Bréfritari: Þórarinn Stefánsson
Dagsetning: A-1931-10-27
Skrifað á: Vesturheimi

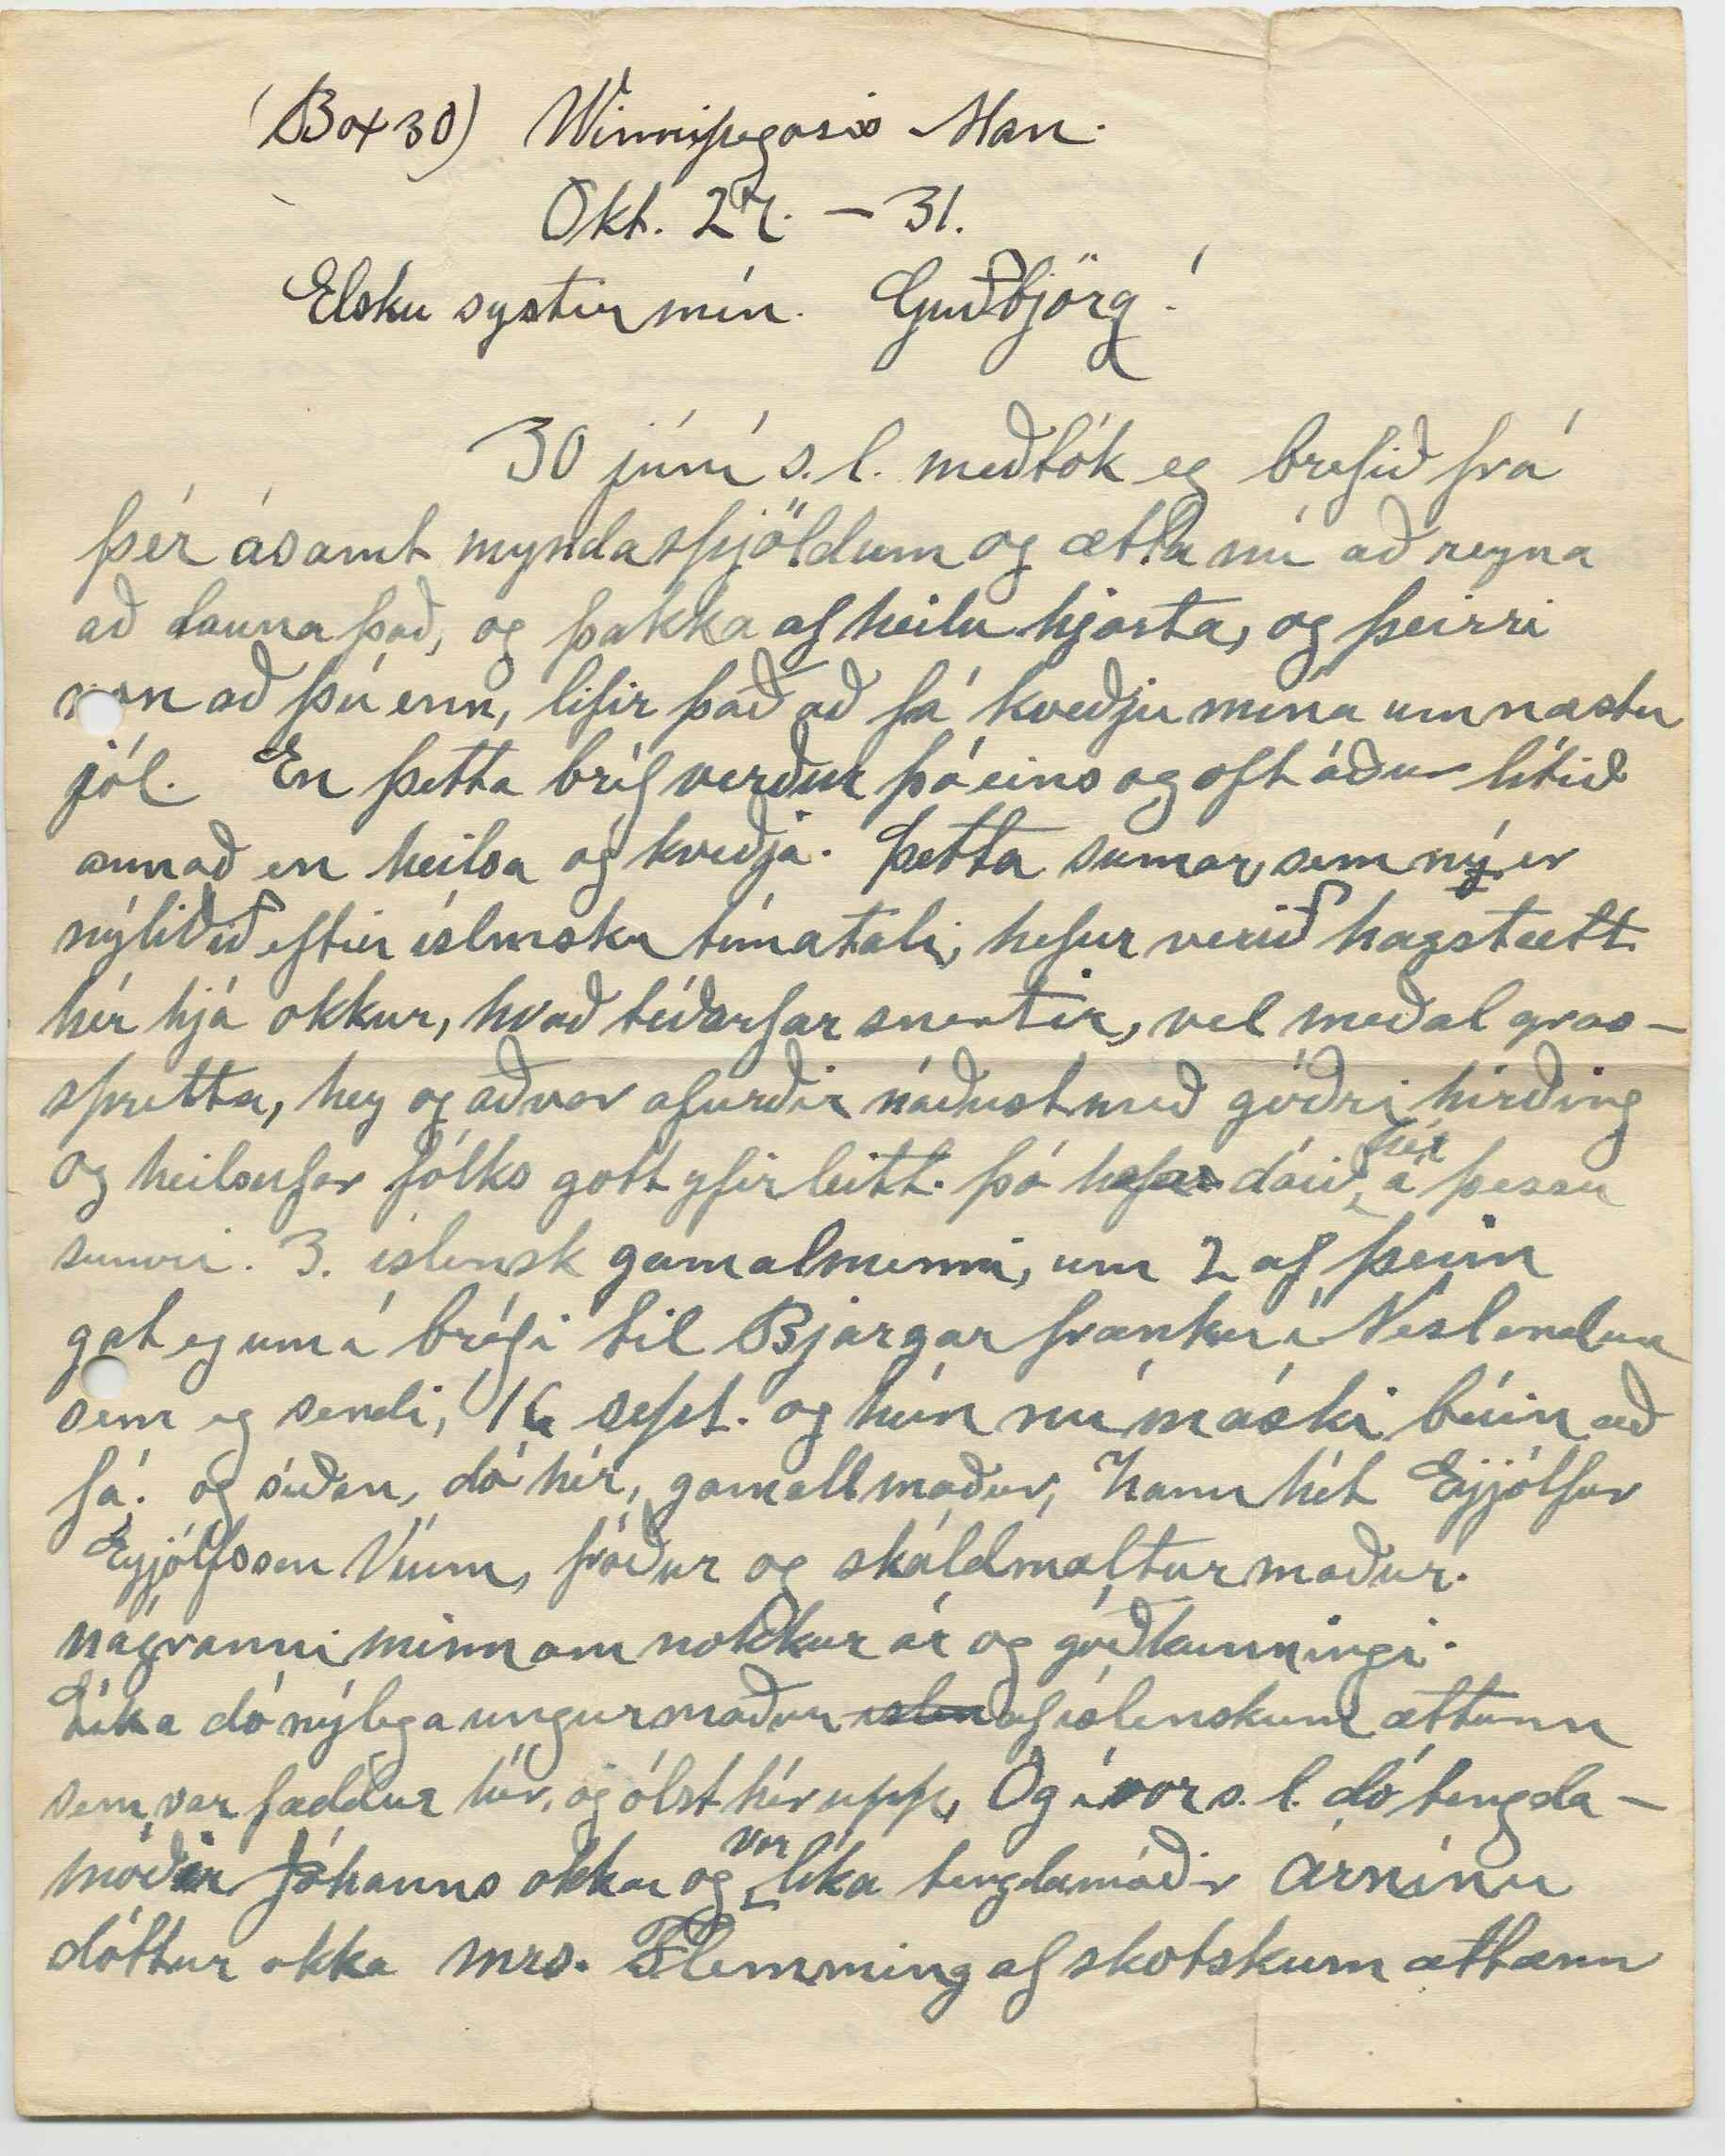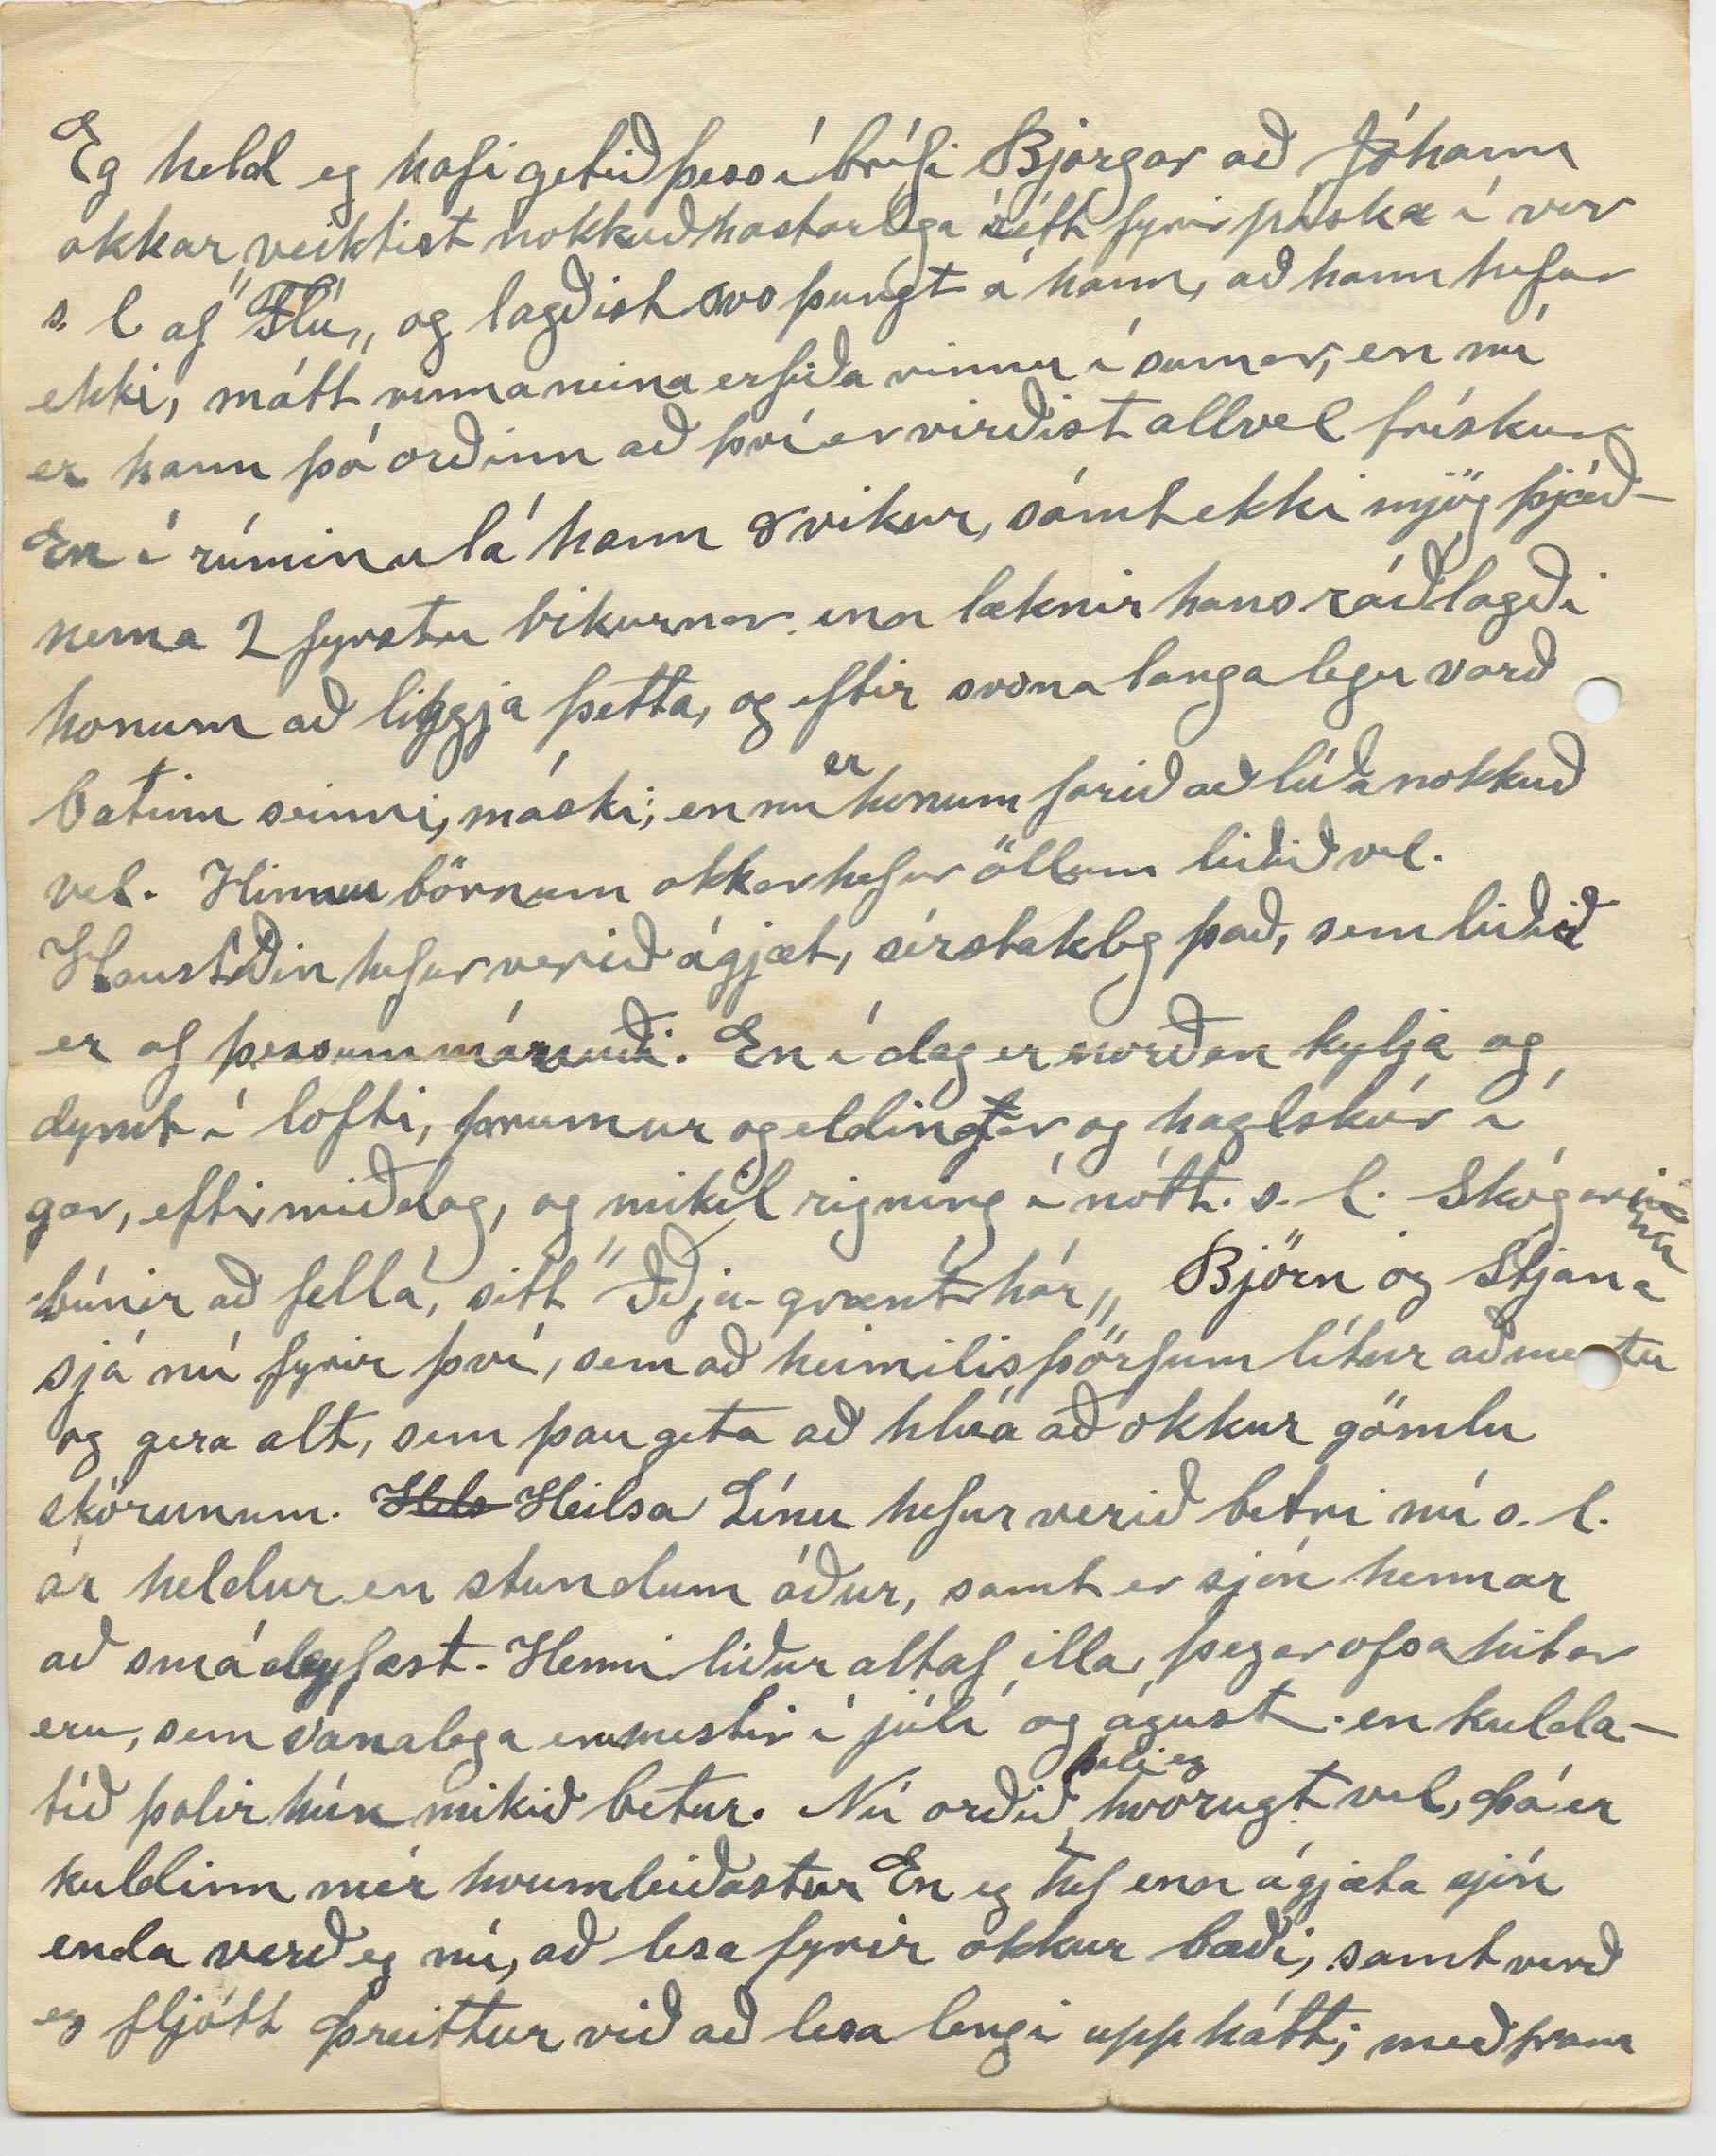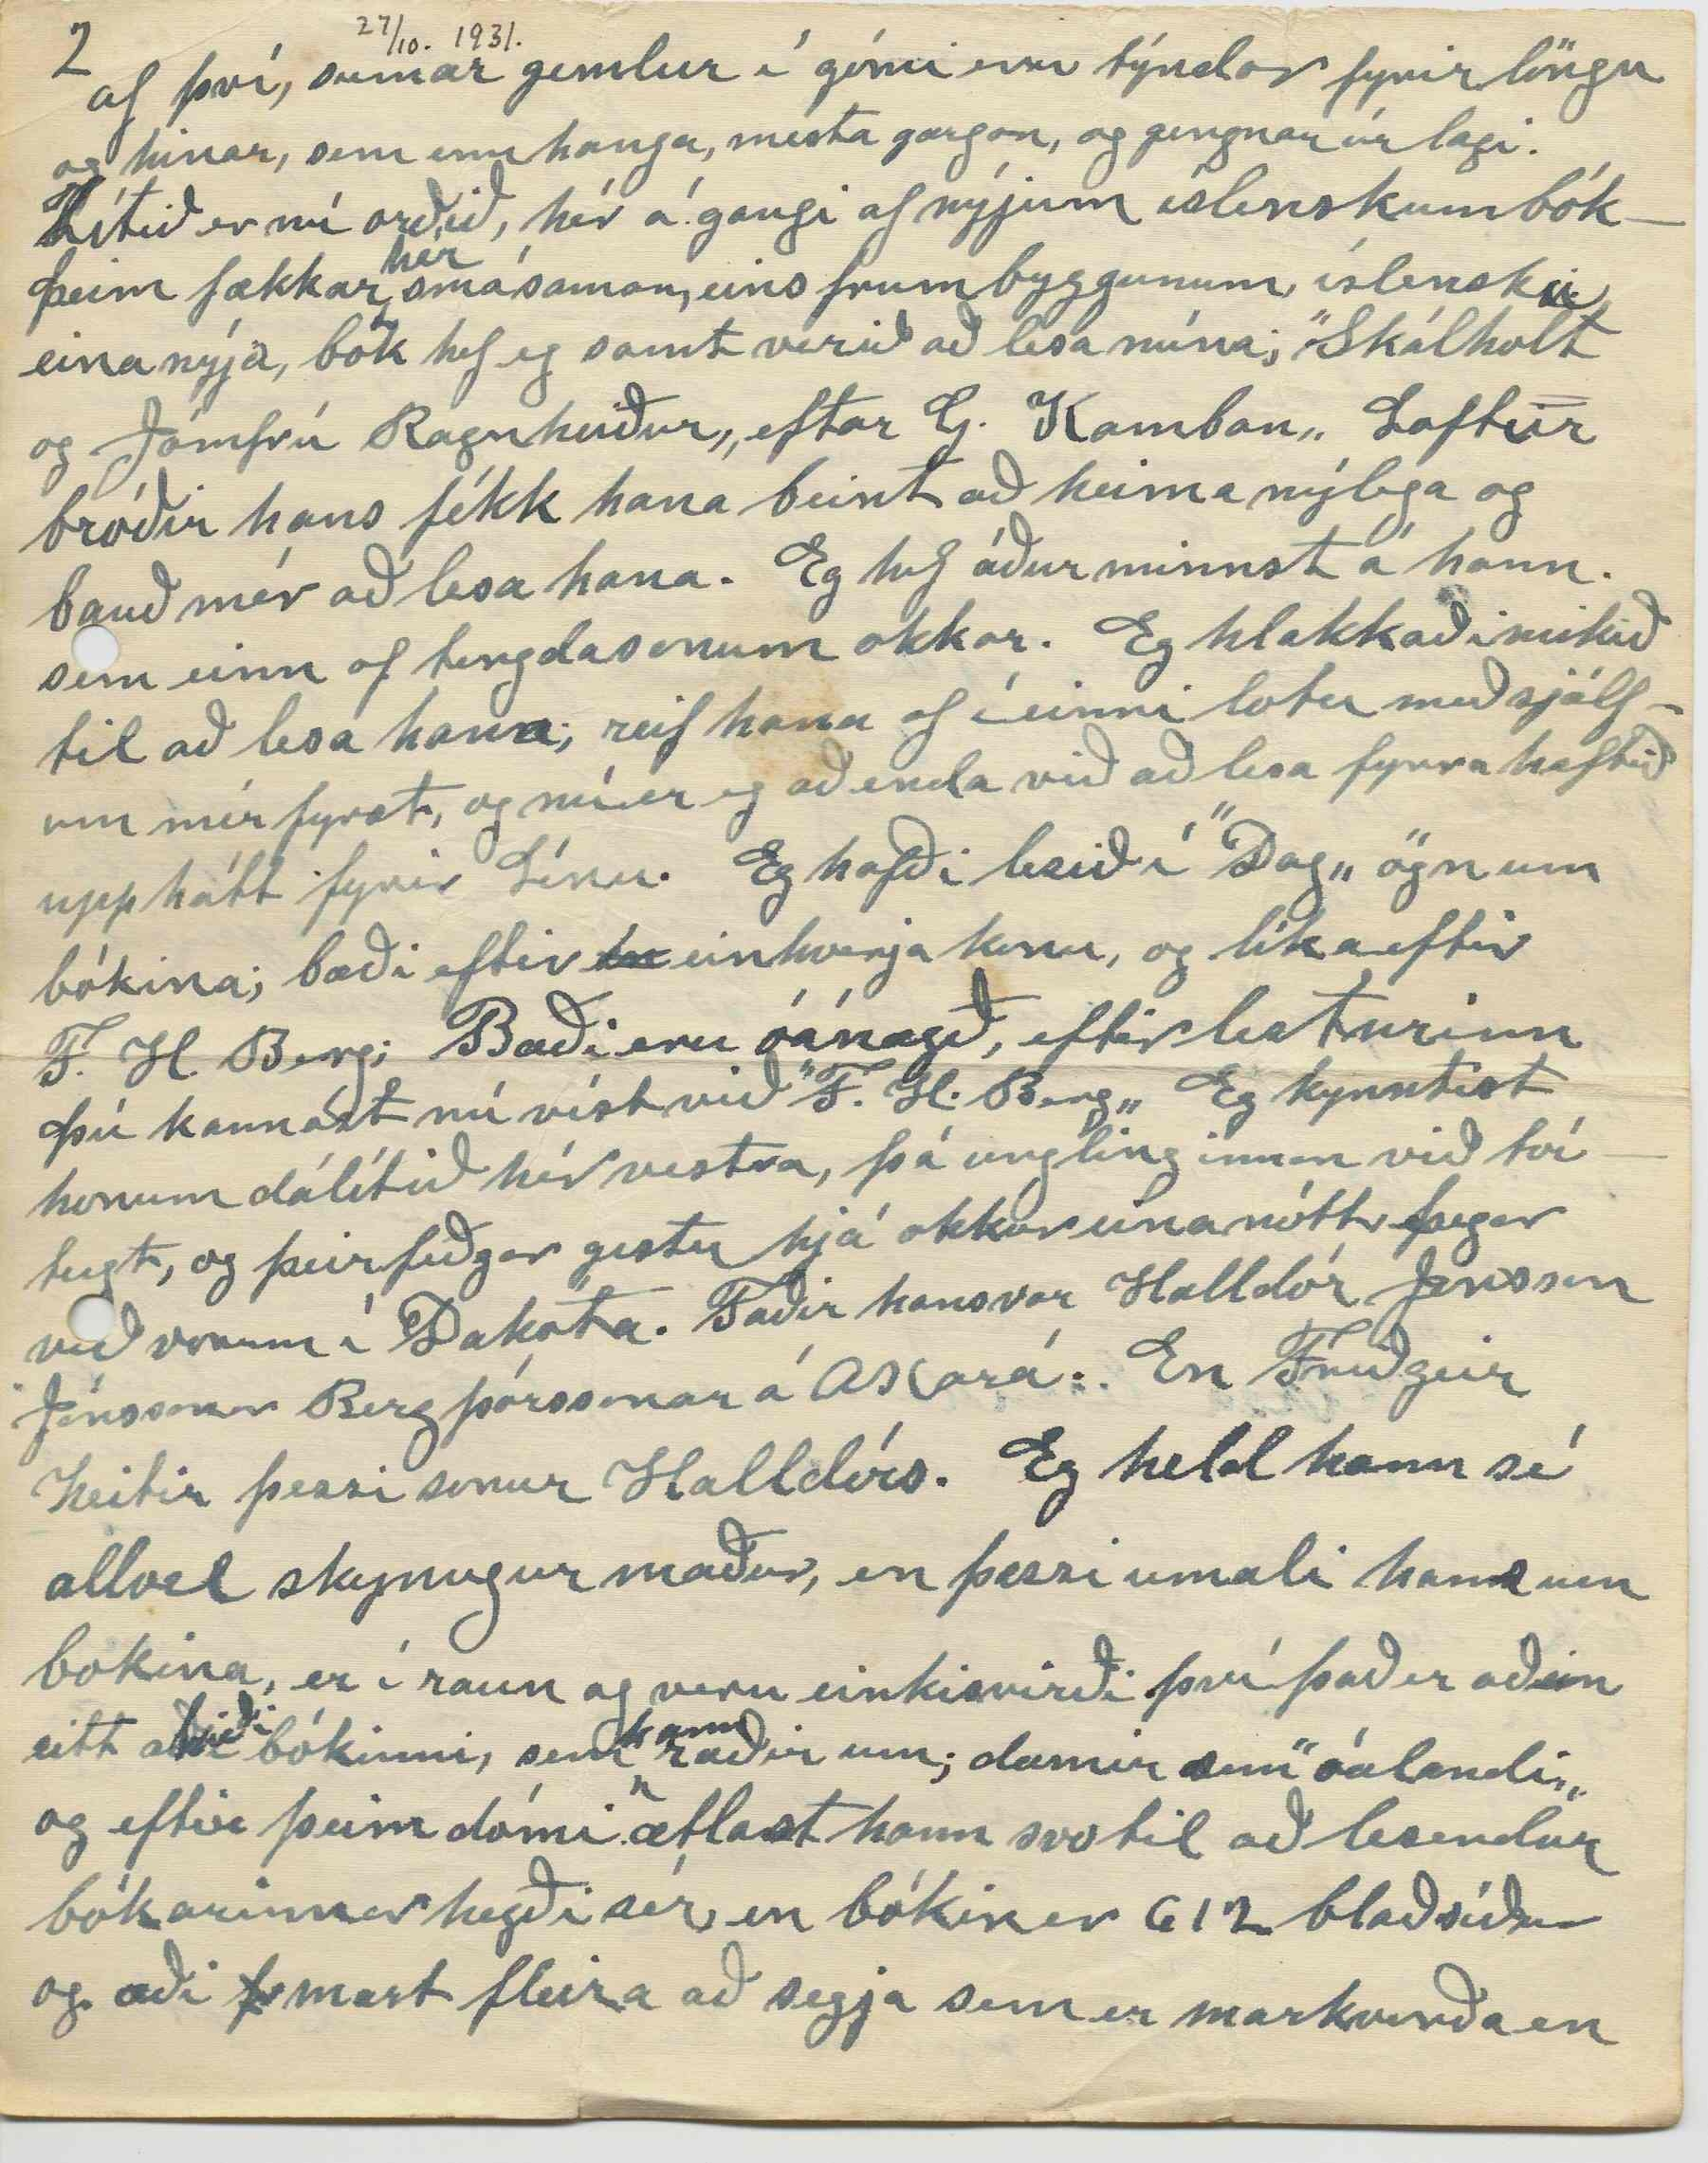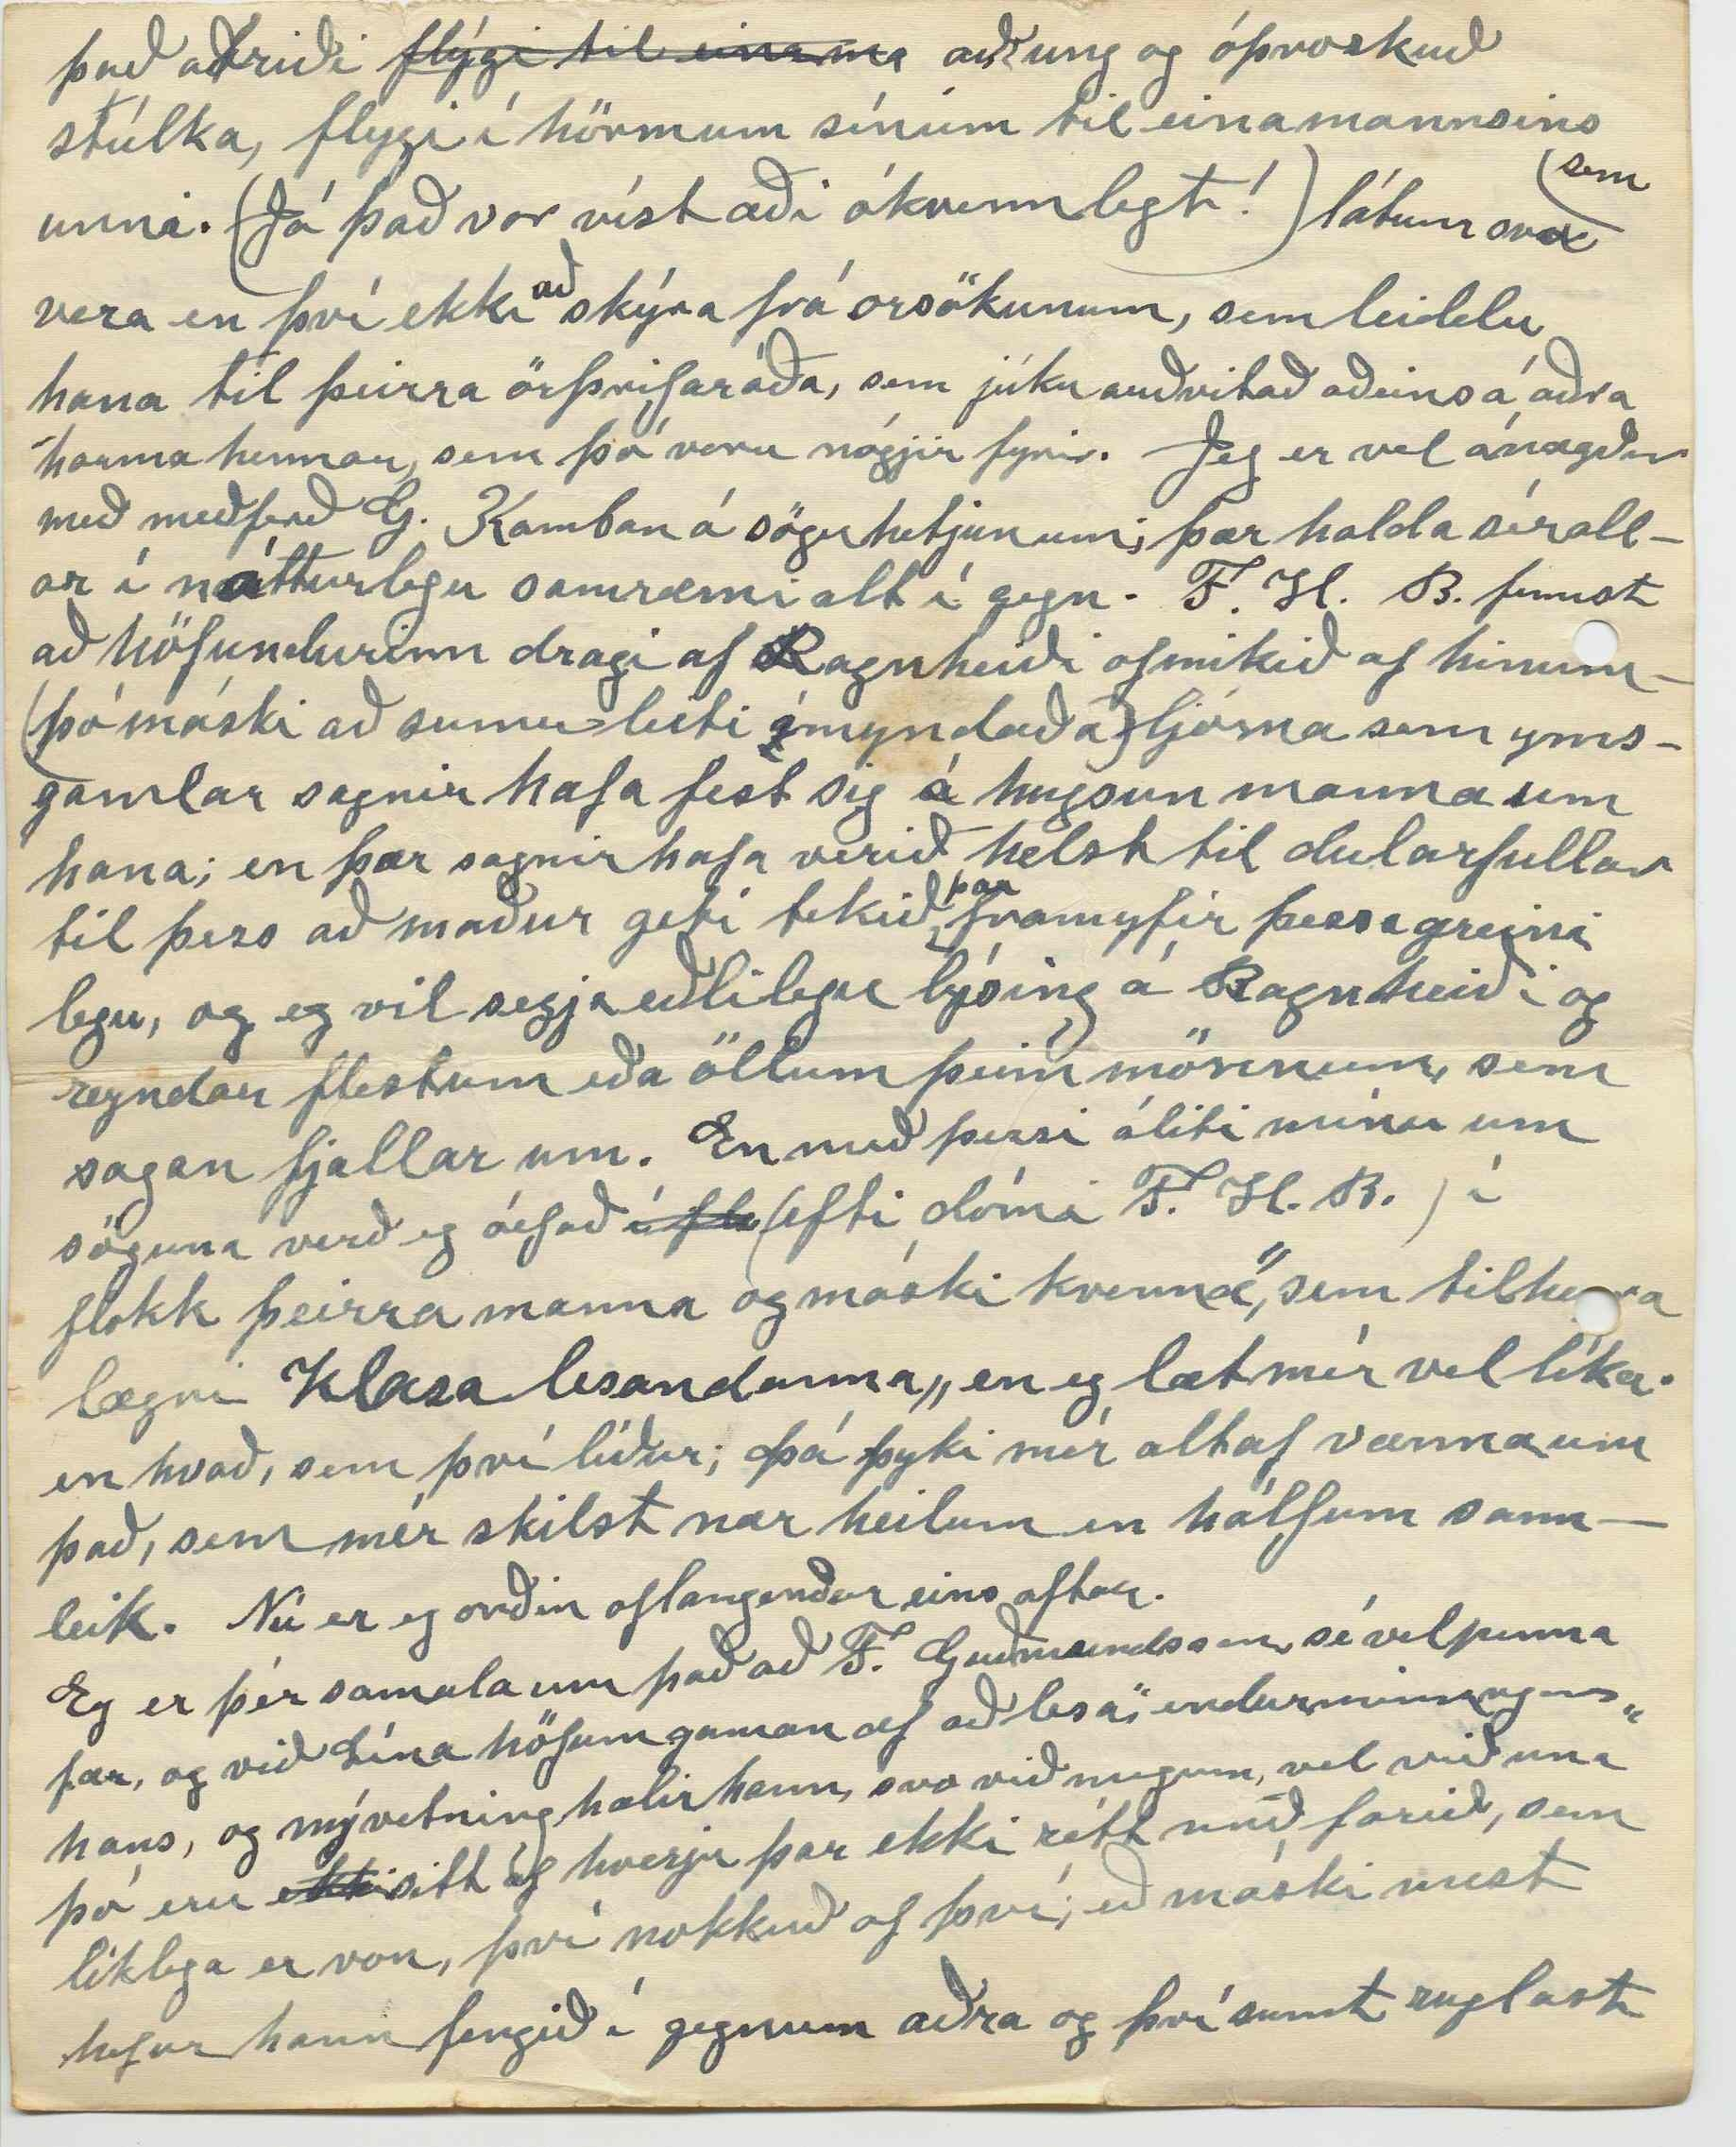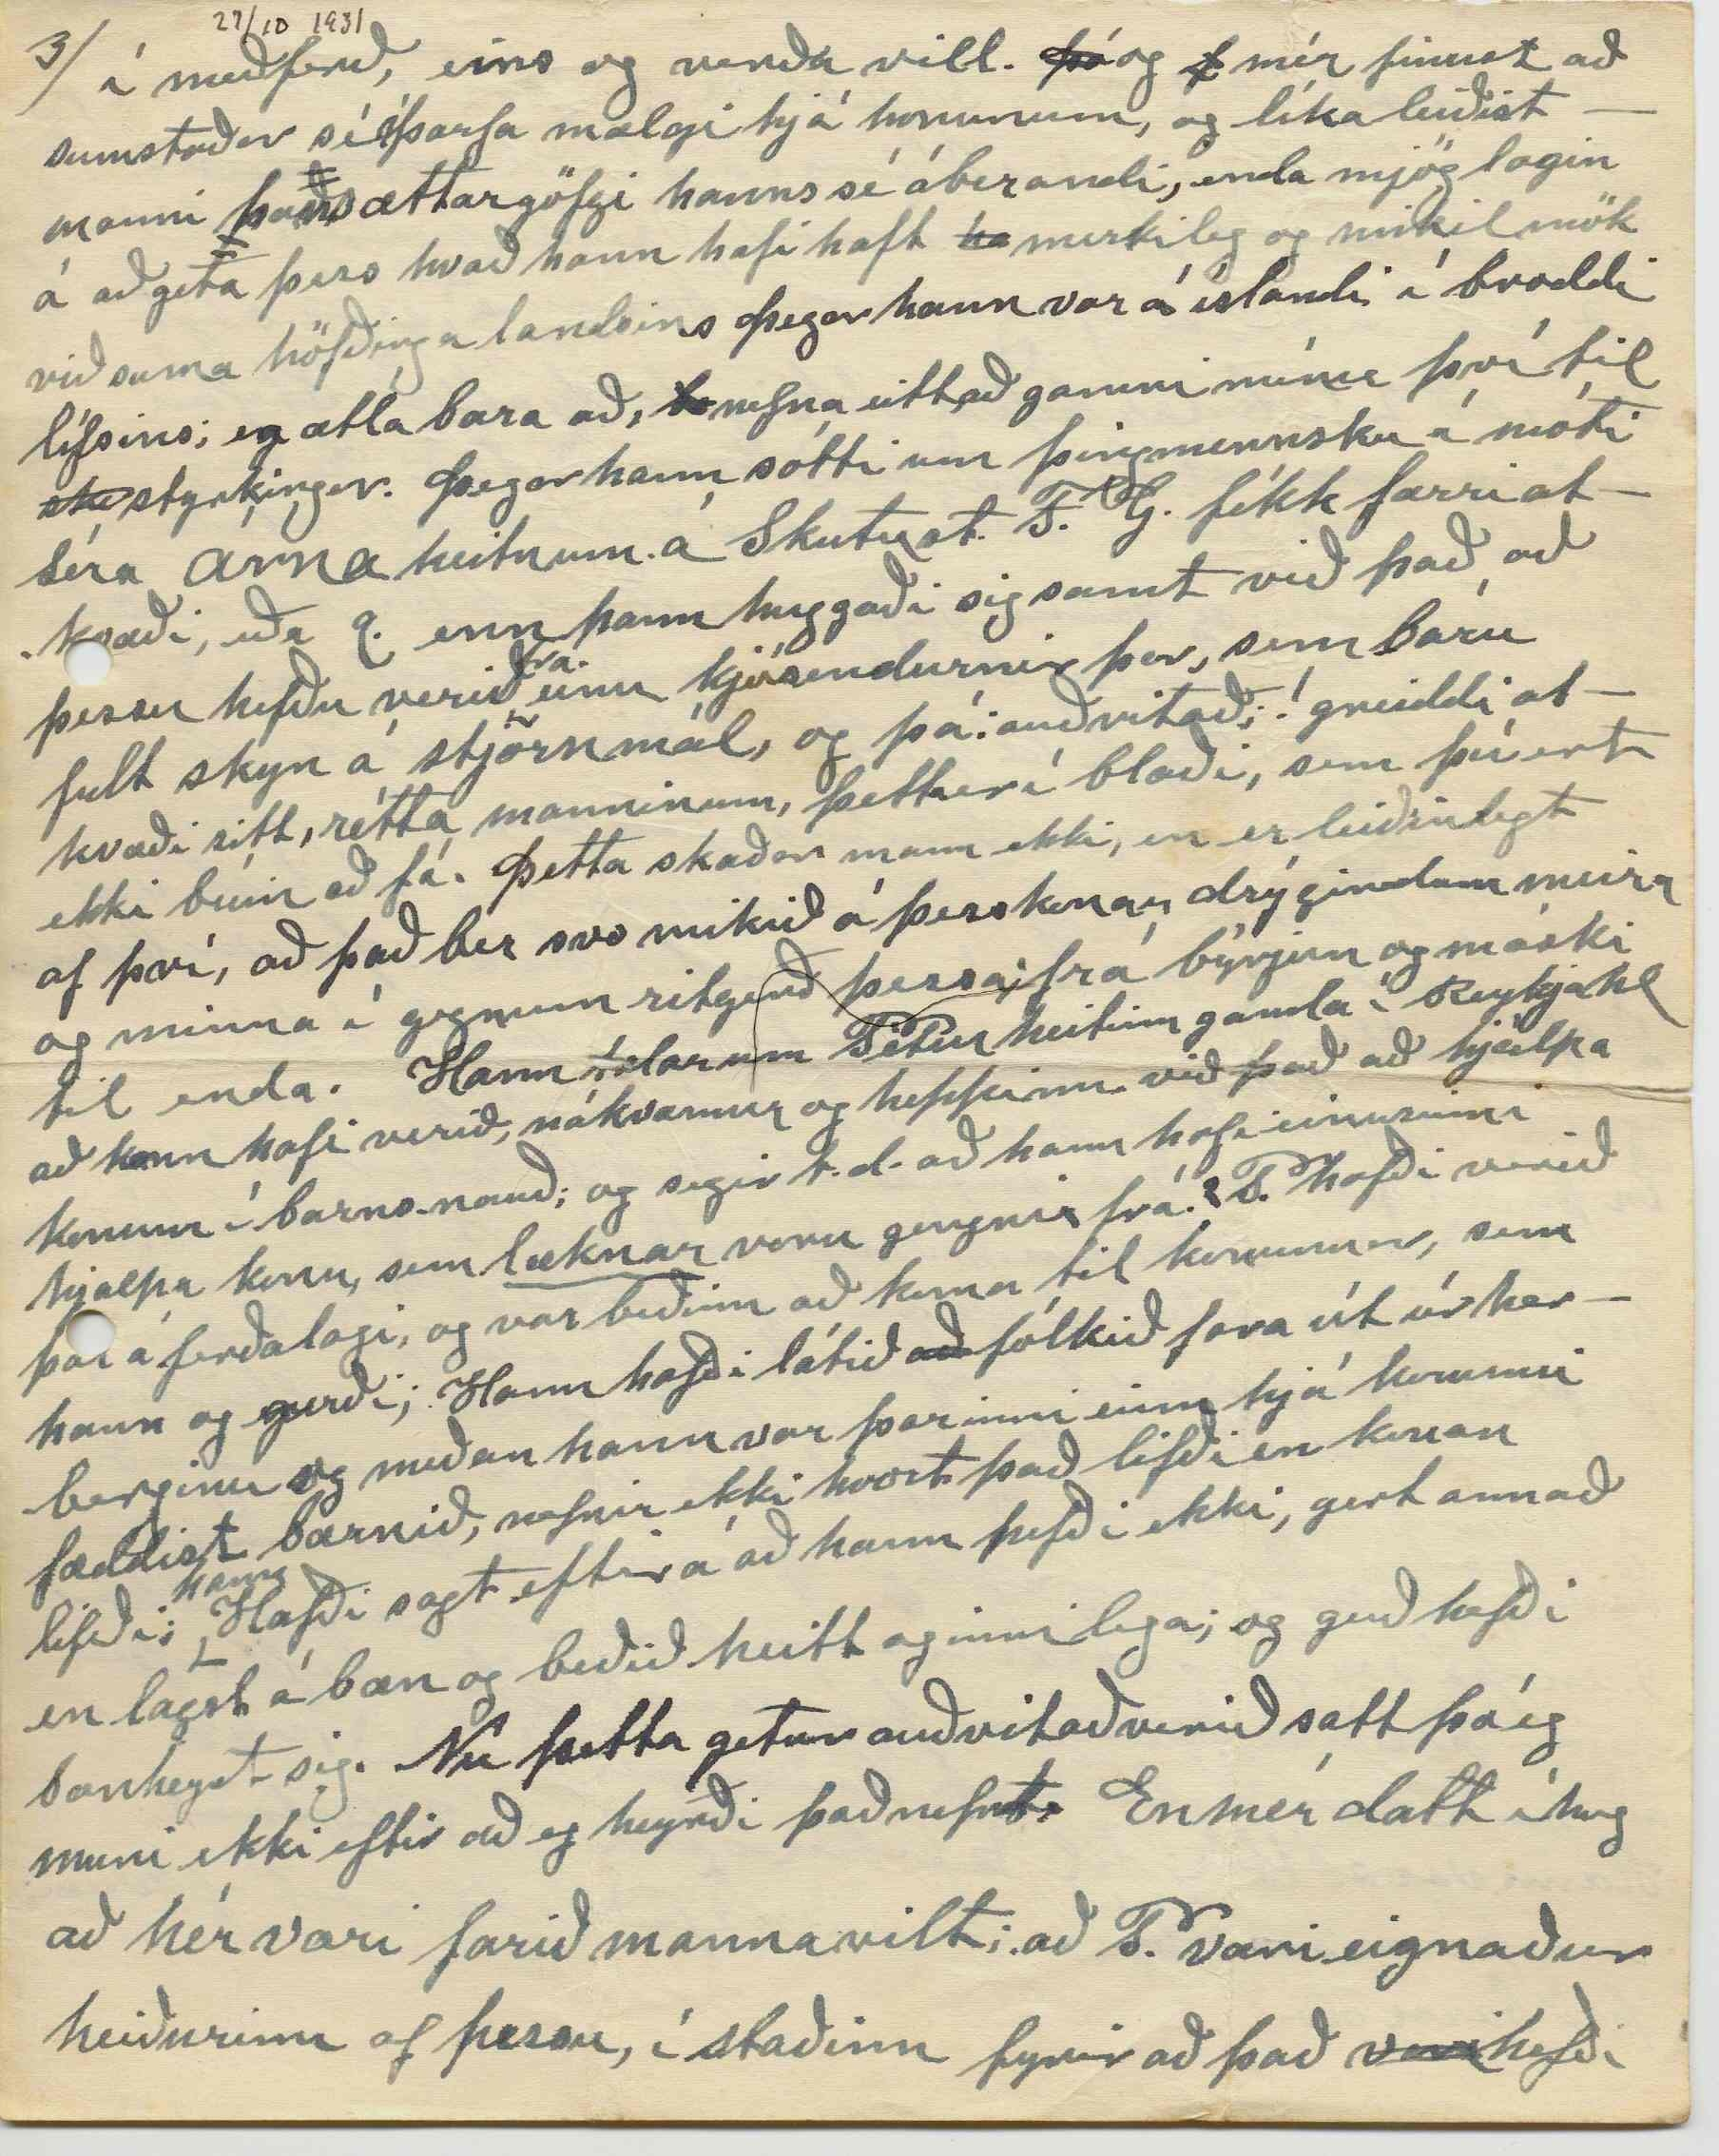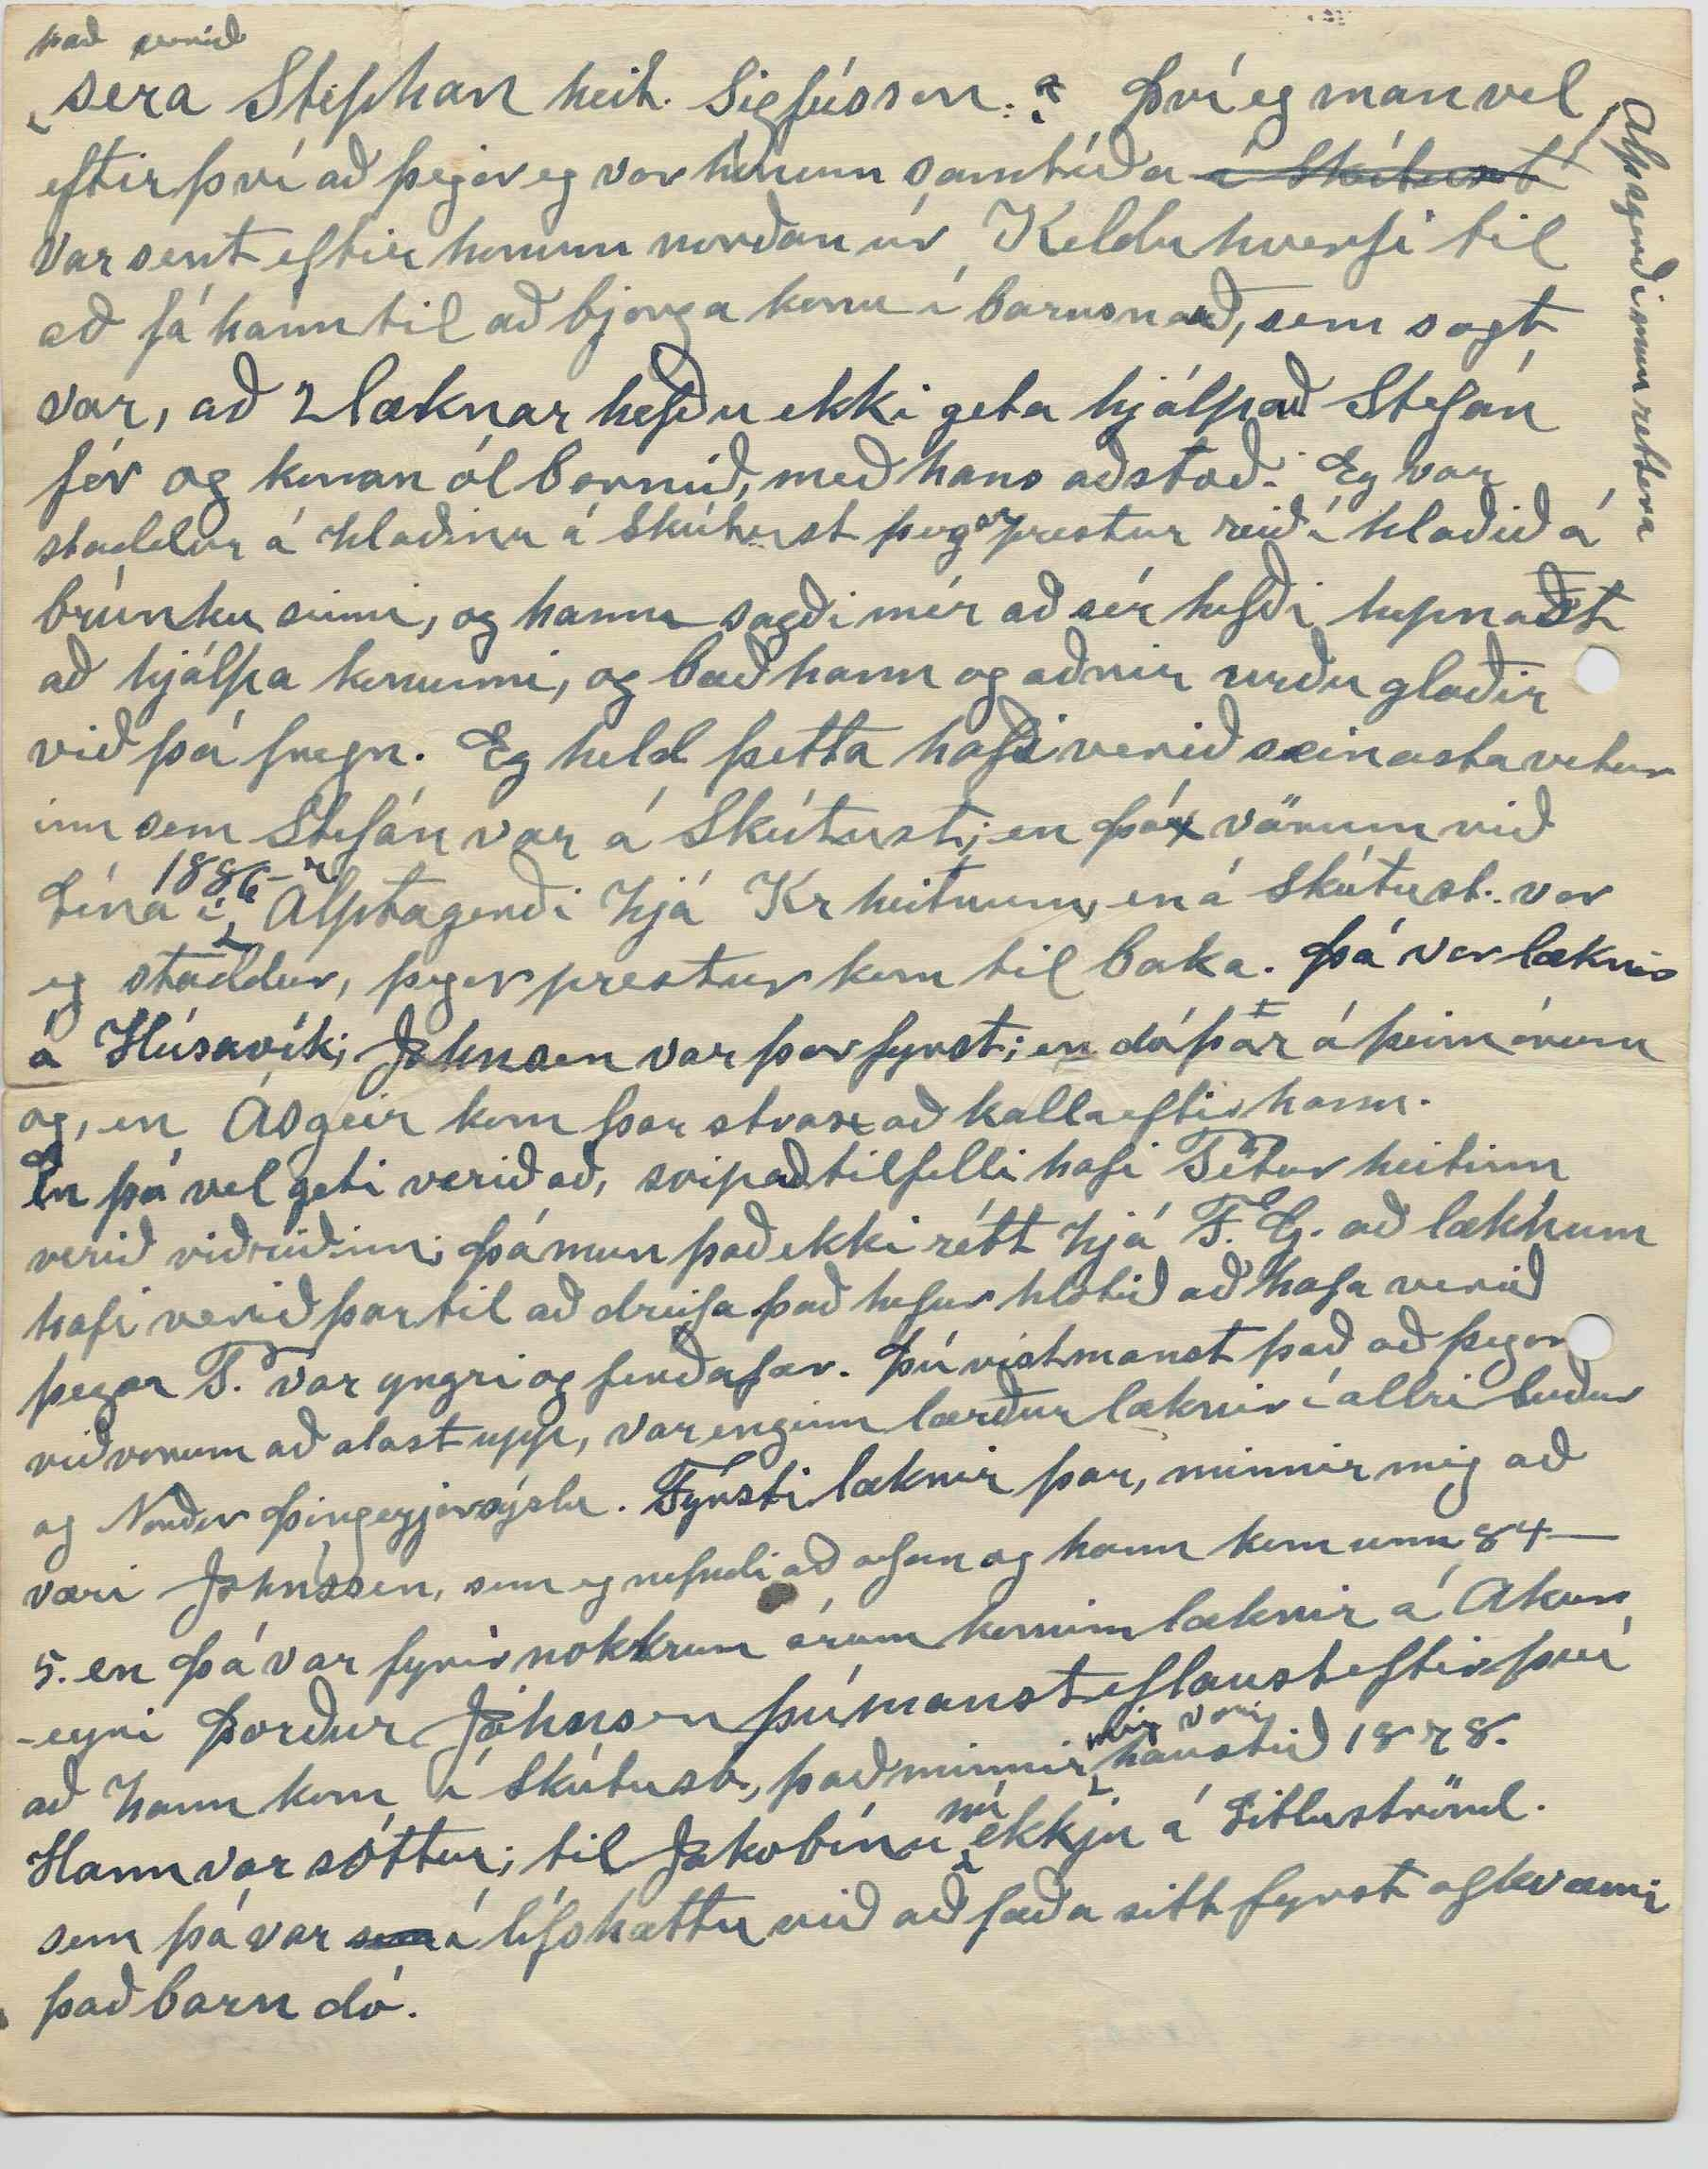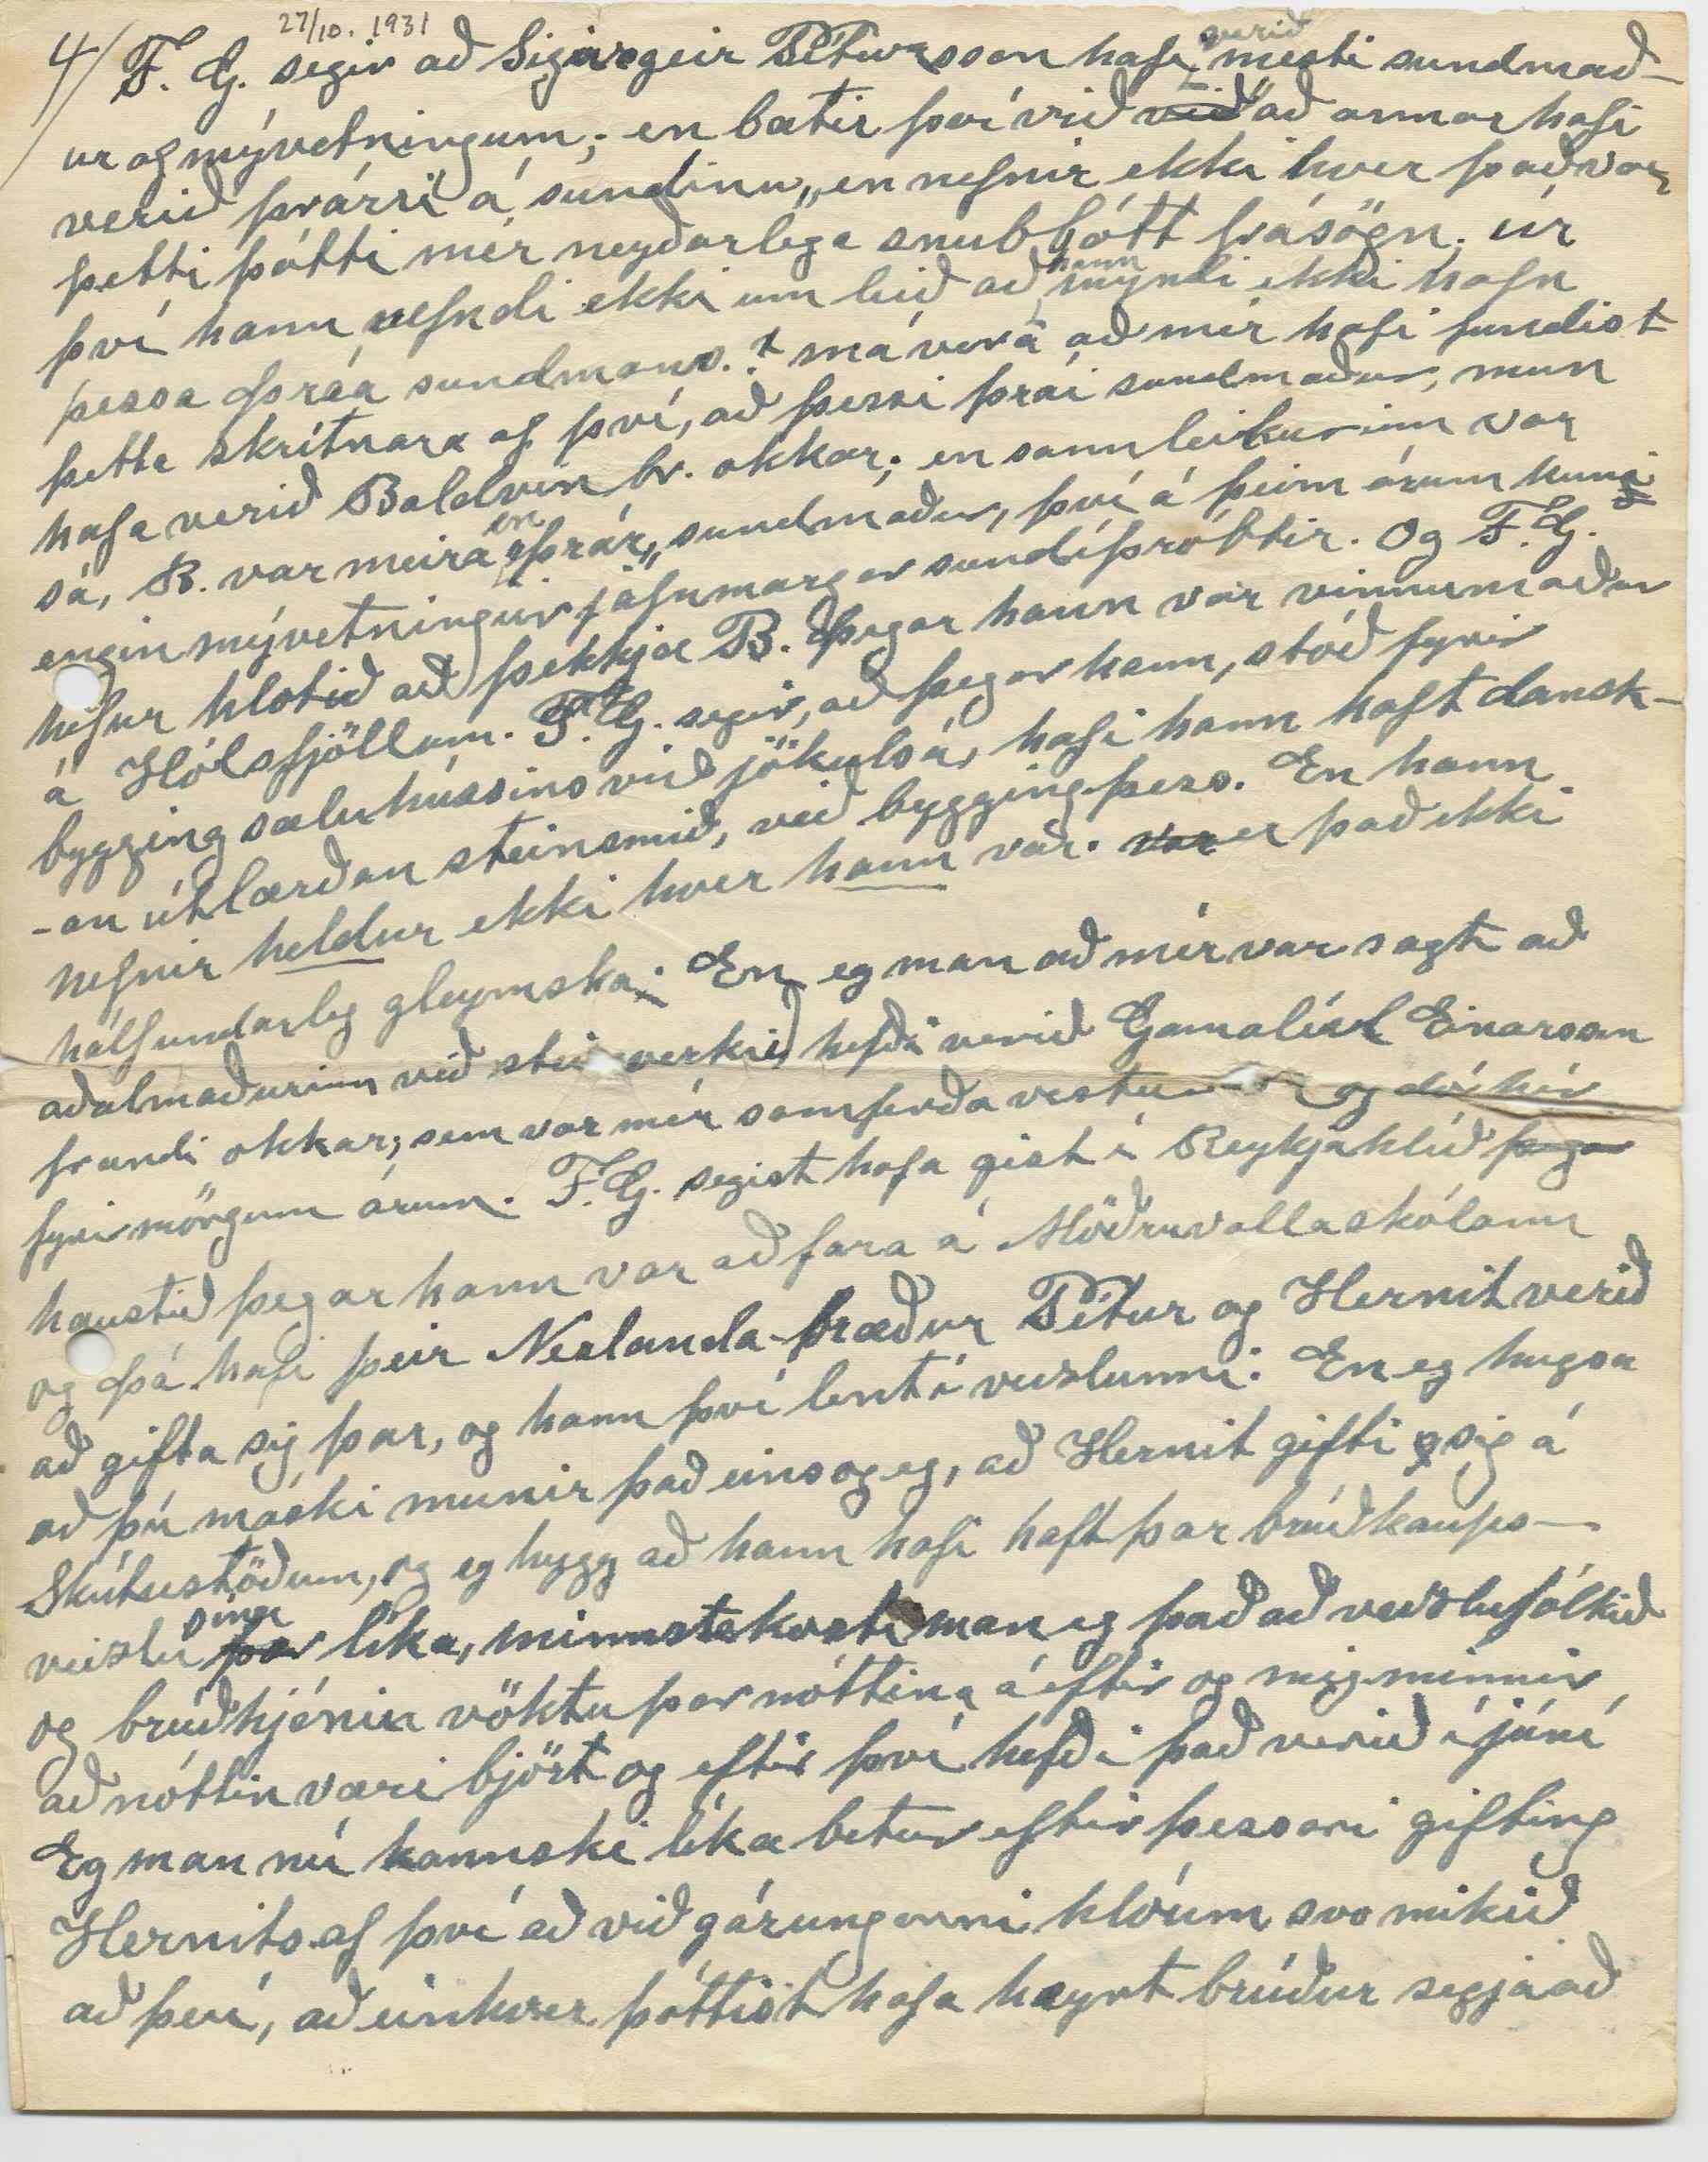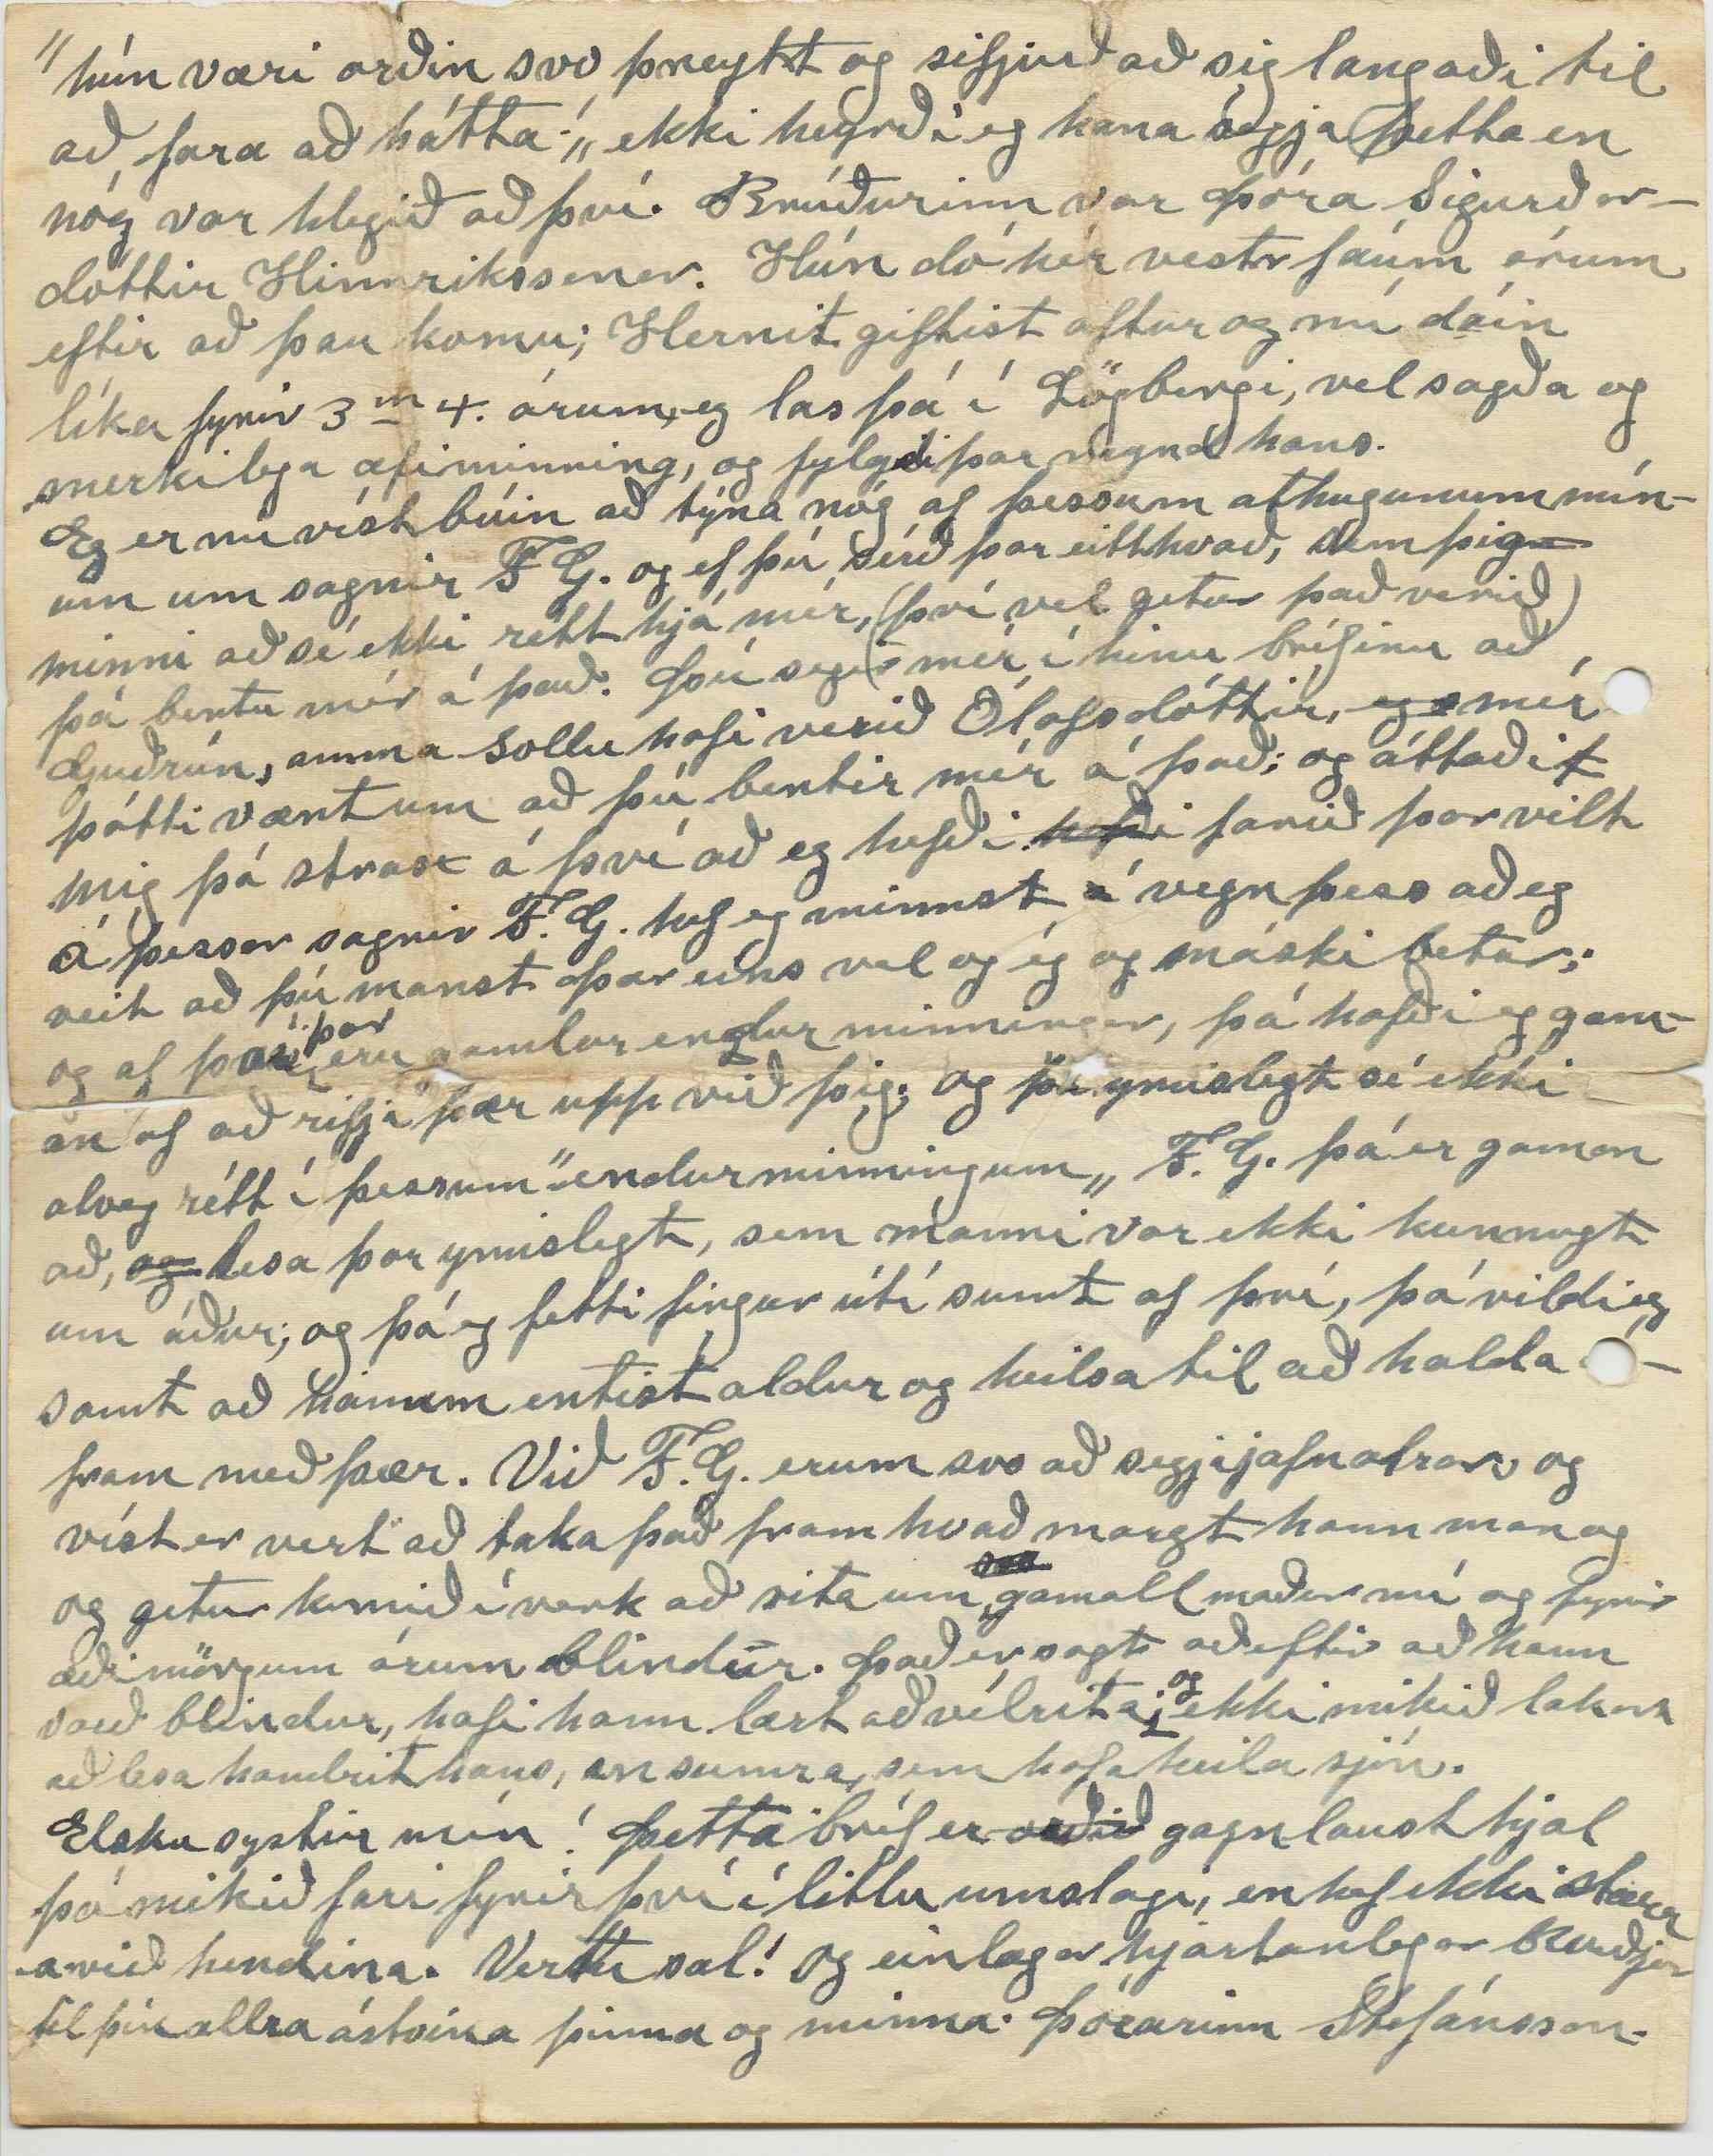

(Box 30)
Winnipegosis Man.
Okt. 27. - 31
Elsku systir mín. Guðbjörg!
30 júní s.l. meðtók eg brefið frá þér ásamt myndaspjöldum og ætla nú að reyna að launa það, og þakka af heilu hjarta, og þeirri von að þú enn, lifir það að fá kveðju mína um næstu jól. En þetta bréf verður þó eins og oft áður lítið annað en heilsa og kveðja. Þetta sumar sem n
ý
ú er nýliðið eftir íslensku tímatali, hefur verið hagstætt hér hjá okkur, hvað tíðarfar snertir, vel meðal grasspretta, hey og aðrar afurðir náðust með góðri hirðing og heilsufar fólks gott yfirleitt. þó hafa dáið
hér
á þessu sumri. 3. íslensk gamalmenni, um 2 af þeim gat eg um í bréfi til Bjargar frænku í Neslondum sem eg sendi, 16 sept. og hún nú máski búin að fá. og síðan, dó hér, gamall maður, hann hét Eyjólfur Eyjólfsson Víum, fróður og skáldmæltur maður. nágranni minn um nokkur ár og góðkunningi. Líka dó nýlega ungur maður
islen
af íslenskum ættum sem var fæddur hér, og ólst hér upp, Og í vor s.l. dó tengdamóðir Jóhanns okkar og
var
líka tengdamóðir Árnínu dóttur okka mrs. Flemming af skotskum ættum
Eg held eg hafi getið þess í bréfi Bjargar að Jóhann okkar veiktist nokkuð hastarlega rétt fyrir páska í vor s.l. af ”Flú„ og lagðist svo þungt á hann, að hann hefur ekki, mátt vinna neina erfiða vinnu í sumar, en nú er hann þó orðinn að því er virðist allvel frískur En í rúminu lá hann 8 vikur, sámt ekki mjög þjáð nema 2 fyrstu vikurnar enn læknir hans ráðlagði honum að liggja þetta, og eftir svona langa legu varð batinn seinni, máski; en nu
er
honum farið að líða nokkuð vel. Hinum börnum okkar hefur öllum liðið vel. Haustíðin hefur verið ágjæt, sérstakleg það, sem liðið er af þessum mánuði. En í dag er norðan kylja og dymt í lofti, þrumur og eldingar og haglskúr í gær, eftir miðdag, og mikil rigning í nótt. s.l. Skógarinn búnir að fella, sitt ”Iðju-grænt hár„ Björn og Stjana sjá nú fyrir því, sem að heimilisþörfum lítur að mestu og gera alt, sem þau geta að hlúa að okkur gömlu skörunum.
Hels
Heilsa Línu hefur verið betri nú s.l. ár heldur en stundum áður, samt er sjón hennar að smádeyfast. Henni líður altaf illa, þegar ofsahitar eru, sem vanalega eru mestir í júlí og águst. en kuldatíð þolir hún mikið betur. Nú orðið
þoli eg
hvorugt vel, Þó er kuldinn mér hvumleiðastur En eg hef enn ágjæta sjón enda verð eg nú, að lesa fyrir okkur bæði, samt verð eg fljótt Þreittur við að lesa lengi upphátt; meðfram
af því, sumar gemlur í gómi eru týndar fyrir löngu og hinar, sem enn hanga, mesta gargan, og gengnar úr lagi. Lítið er nú orðið, hér á gangi af nýjum íslenskum bók Þeim fækkar
hér
smásaman, eins frumbyggunum íslensku eina nýja, bók hef eg samt verið að lesa núna; ”Skálholt og Jómfrú Ragnheiður„ eftar G. Kamban„ Loftur bróðir hans fékk hana beint að heima nýlega og bauð mér að lesa hana. Eg hef áður minnst á hann. sem einn af tengdasonum okkar. Eg hlakkaði mikið til að lesa hana; reif hana af í einni lotu með sjálfum mér fyrst, og nú er eg að enda við að lesa fyrra heftið upphátt fyrir Línu. Eg hafði lesið í ”Dag„ ögn um bókina; bæði eftir
0n
einhverja konu, og líka eftir F. H. Berg; Bæði eru óánægð, eftir lesturinn Þú kannast nú víst við ”F. H. Berg„ Eg kynntist honum dálítið hér vestra, þá ungling innan við tvítugt, og þeir feðgar gistu hjá okkur eina nótt þegar við vorum í Dakota. Faðir hans var Halldór Jonsson Jónssonar Bergþórssonar á Axará. En Friðgeir heitir þessi sonur Halldórs. Eg held hann sé allvel skynugur maður, en þessi umæli hans um bokina, er í raun og veru einkisvirði því það er aðein eitt atriði bókinni, sem
hann
ræðir um; dæmir sem ”óalandi„ og eftir þeim dómi ætlast hann svo til að lesendur bókarinnar hegði sér, en bókin er 612 blaðsíður og æði
f
mart fleira að segja sem er markverða en
það atriði
flýgi til eina ma
að ung og óþroskuð stúlka, flygi í hörmum sínum til eina mannsins
sem
unni. (Já það var víst æði ókvennlegt!) látum svo vera en því ekki
að
skýra frá orsökunum, sem leiddu hana til þeirra örþrifaráða, sem júku auðvitað aðeins á aðra harma hennar, sem þó voru nógjir fyrir. Jeg er vel ánægður með meðferð G. Kamban á söguhetjunum; þær halda sér allar í nátturlegu samræmi alt í gegn. F. H. B. finnst að höfundurinn dragi af Ragnheiði of mikið af hinum (þó máski að sumu leiti ímyndaða) ljóma sem yms gamlar sagnir hafa fest sig á hugsun manna um hana; en þær sagnir hafa verið helst til dularfullar til þess að maður geti tekið
þær
framyfir þessa greinilegu, og eg vil segja eðlilegu lýsing á Ragnheiði og reyndar flestum eða öllum þeim mönnum, sem sagan fjallar um. En með þessi áliti mínu um söguna verð eg óefað
í fl
(efti dómi F. H. B.) í flokk þeirra manna og máski kvenna, ”sem tilheyra lægri klasa lesandanna„ en eg læt mér vel líka. en hvað, sem því líður; Þá þyki mér altaf vænna um það, sem mér skilst nær heilum en hálfum sannleik. Nú er eg orðin of langorður eins oftar.
Eg er þér samala um það að F. Guðmundsson sé vel pennafær, og við Lína höfum gaman af að lesa ”endurminningar„ hans, og mývetning hælir hann, svo við megum, vel við una þó eru
ekki
sitt af hverju þar ekki rétt með farið, sem líklega er von, því nokkuð af því; eð máski mest hefur hann fengið í gegnum aðra og því sumt ruglast
í meðferð, eins og verða vill.
Þó
og
f
mér finnst að sumstaðar sé óþarfa mælgi hjá honumum, og líka leiðist manni
það
hans ættargöfgi hanns sé áberandi, enda mjög lagin á að geta þess hvað hann hafi haft
ha
merkileg og mikil mök við suma höfðinga landsins Þegar hann var á íslandi í broddi lífsins; eg ætla bara að, X nefna eitt, að gamni mínu því til
sk
styrkingar. Þegar hann sótti um þingmennsku í móti séra Árna heitnum á Skutust. F. G. fékk færri atkvæði, eða 9. enn hann huggaði sig samt við það að þessu hefðu verið
frá
einu kjósendurnir þar, sem báru fult skyn á stjórnmál, og þá: auðvitað;! greiddi atkvæði sitt, rétta manninum, þetta er í blaði, sem þú ert ekki búin að fá. Þetta skaðar mann ekki, en er leiðinlegt af því, að það ber svo mikið á þesskonar drýgindum meira og minna í gegnum ritgerð þessa; frá býrjun og máski til enda. Hann talar um Pétur heitinn gamla í Reykjahl að hann hafi verið, nákvæmur og heppinn við það að hjálpa konum í barnsnauð; og segir t.d. að hann hafi einusinni hjalpa konu, sem
læknar
voru gengnir frá? P. hafði verið þar á ferðalagi, og var beðinn að koma til konunnar, sem hann og gerði; Hann hafði látið
að
fólkið fara út úr herberginu og meðan hann var þar inni einn hjá konunni fæddist barnið, nefnir ekki hvort það lifði en konan lifði;
hann
Hafði sagt eftir á að hann hefði ekki, gert annað en lagst á bæn og beðið heitt og innilega; og guð hefði bænheyrt sig. Nú þetta getur auðvitað verið satt þó eg muni ekki eftir að eg heyrði það nefnt. En mér datt í hug að hér væri farið mannavilt; að P. væri eignaður heiðurinn af þessu, í staðinn fyrir að það
væri
hefði
það verið
séra Stephan heit. Sigfússon.? Því eg man vel eftir því að þegar eg var honum samtíða
á Skútust
Alpagerði mun rettara
var sent eftir honum norðan úr Kelduhverfi til að fá hann til að bjarga konu í barnsnauð, sem sagt var, að 2 læknar hefðu ekki geta hjálpað Stefán fór og konan ól barnið, með hans aðstoð. Eg var staddur á hlaðinu á Skútust þegar prestur reið í hlaðið á brúnku sinni, og hann sagði mér að sér hefði hepnast að hjálpa konunni, og bæð hann og aðrir urðu glaðir við þá fregn. Eg held þetta hafi verið seinasta veturinn sem Stefán var á Skútust; en Þá vörum við Lína í
1886-7
Alptagerði hjá Kr heitnum, en á Skútust. var eg staddur, þegar prestur kom til baka. Þá var læknir á Húsavík; Johnson var þar fyrst; en dó þar á þeim árum og, en Ásgeir kom þar strax að kalla eftir hann. En þó vel geti verið að, svipað tilfelli hafi Pétur heitinn verið viðriðinn; Þá mun það ekki rétt hjá F. G. að læknum hafi verið þar til að dreifa það hefur hlotið að hafa verið þegar P. var yngri og ferðafær. Þú víst manst það að þegar við vorum að alast upp, var enginn lærður læknir í allri Suður og Norður Þingeyjarsýslu. Fyrsti læknir þar, minnir mig að væri Johnsson, sem eg nefndi að ofan og hann kom um 84-5. en Þá var fyrir nokkrum árum kominn læknir á Akureyri Þorður Jóhnson þú manst eflaust eftir því að hann kom í Skútust., það minnir
mig væri
haustið 1878. Hann var sóttur; til Jakobínu
nú
ekkju á Litluströnd. sem þá var
sem
í lífshættu við að fæða sitt fyrst afkvæmi það barn dó.
F. G. segir að Sigurgeir Pétursson hafi
verið
mesti sundmaður af mývetningum; en bætir því við
við
”að annar hafi verið þrárri á sundinu„ en nefnir ekki hver það var þetti þótti mér neyðarlega snubbótt frásögn; úr því hann nefndi ekki um leið að
hann
myndi ekki nafn þessa Þráa sundmans.! má vera að mér hafi fundist þetta skrítnara af því, að þessi þrái sundmaður, mun hafa verið Baldvin br. okkar; en sannleikurinn var sá, B. var meira
en
”þrár„ sundmaður, því á þeim árum kuni engin mývetningur jafnmargar sundíþróttir. Og F. G. hefur hlotið að þekkja B. Þegar hann var vinnumaður á Hólsfjöllum. F. G. segir, að þegar hann, stóð fyrir bygging sæluhússins við jökulsá, hafi hann haft danskan útlærðan steinsmið, við bygging þess. En hann nefnir
heldur
ekki hver
hann
var.
var
er það ekki hálfundarleg gleymska. En eg man að mér var sagt að aðalmaðurinn við steinverkið hefði verið Gamalíel Einarsson frændi okkar; sem var mér samferða vestur
00
og dó hér fyrir mörgum árum. F. G. segist hafa gist í Reykjahlíð
þegar
haustið þegar hann var að fara á Möðruvallaskólann og Þá hafi þeir Neslanda-bræður Pétur og Hernit verið að gifta sig þar, og hann því lent í veizlunni. En eg hugsa að þú máski munir það eins og eg, að Hernit gifti sig á Skútustöðum, og eg hygg að hann hafi haft þar brúðkaupsveizlu
þar
sína líka, minnsta kosti man eg það að veizlufólkið og brúðhjónin vöktu þar nóttina á eftir og mig minnir að nóttin væri björt og eftir því hefði það verið í júní Eg man nú kannski líka betur eftir þessari gifting Hernits af því að við gárungarni hlóum svo mikið að því, að einhver þóttist hafa heyrt brúður segja að
”hún væri orðin svo þreytt og sifjuð að sig langaði til að fara að hátta!„ ekki heyrði eg hana segja þetta en nóg var hlegið að því. Brúðurinn var Þóra Sigurðardóttir Hinnrikssonar. Hún dó hér vestr fáum árum eftir að þau komu; Hernit giftist aftur og nú dáin líka fyrir 3
m
4. árum, eg las þá í Lögbergi, vel sagða og merkilega æfiminning, og fylgdi þar reynd hans.
Eg er nú víst búin að týna nóg af þessum athugunum mínum um sagnir F G. og ef þú sérð þar eitthvað, sem þig minni að sé ekki rétt hjá mér, (því vel getur það verið) þá bentu mér á það. Þú segir mér í hinu bréfinu að Guðrún, amma Sollu hafi verið Ólafsdóttir,
eg
mér þótti vænt um að þú bentir mér á það; og áttaði mig þá strax á því að eg hefði
hefði
farið þar vilt á þessar sagnir F. G. hef eg minnst á vegn þess að eg veit að þú manst Þær eins vel og ég og máski betur; og af því
þær
eru gamlar endur minningar, þá hafði eg gaman af að rifja þær upp við þig; og
þó
ymislegt sé ekki alveg rétt í þessum ”endurminningum„ F. G. þá er gaman að,
og
lesa þar ymislegt, sem manni var ekki kunnugt um áður; og þó eg fetti fingur útí sumt af því, þá vildi eg samt að honum entist aldur og heilsa til að halda áfram með þær. Við F. G. erum svo að segja jafnalrar, og víst er vert að taka það fram hvað margt hann man og og getur komið í verk að rita um gamall maður nú og fyrir æði mörgum árum blindur. Það er sagt að eftir að hann varð blindur, hafi hann lært að vélrita;
og
ekki mikið lakar að lesa handrit hans, en sumra, sem hafa heila sjón.
Elsku systir mín! Þetta bréf er
orðið
gagnlaust hjal þó mikið fari fyrir því í litlu umslagi, en hef ekki stærra við hendina. Vertu sæl! og einlægar hjartanlegar kveðjur til þín allra ástvina þinna og minna. Þórarinn Stefánsson.